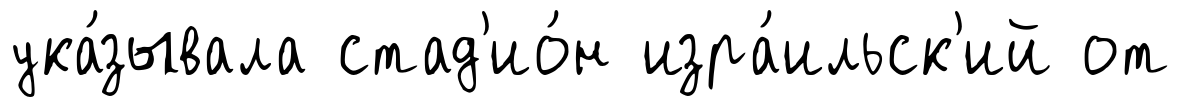
ука́зывала стад'ио́н изра́ильск'ий от